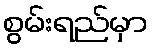
စွမ်းရည်မှာ